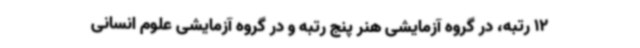
12 رتبه، در گروه آزمایشی هنر پنج رتبه و در گروه آزمایشی علوم انسانی